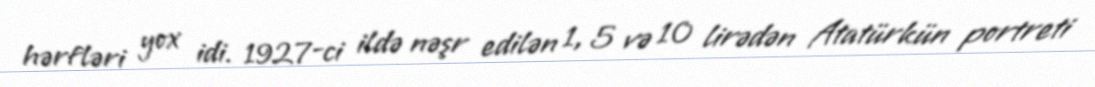
hərfləri yox idi. 1927-ci ildə nəşr edilən 1, 5 və 10 lirədən Atatürkün portreti